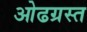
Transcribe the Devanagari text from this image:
ओढग्रस्त